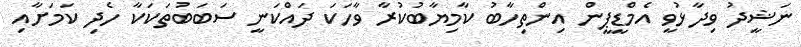
ނަޝީދު ވިދާޅުވީ އެމްޑީޕީން އިންތިހާބު ކާމިޔާބުކުރާ ވާހަކަ ދައްކަނީ ސަބަބުތަކަކާ ހެދި ކަމަށާއި